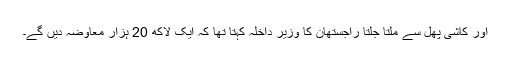
اور کاشی پھل سے ملتا جلتا راجستھان کا وزیر داخلہ کہتا تھا کہ ایک لاکھ 20 ہزار معاوضہ دیں گے۔